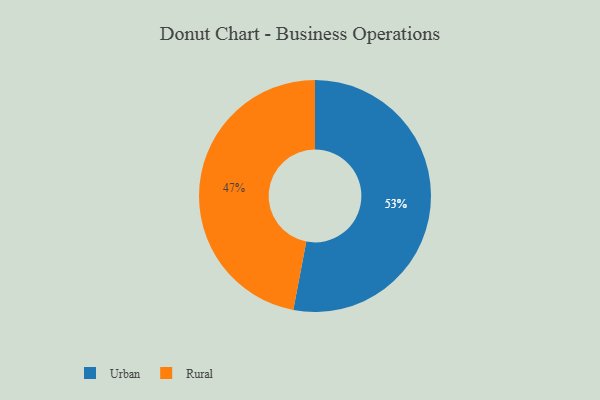
{"axis": {"x": "Category", "y": "Percentage"}, "legend": ["Rural", "Urban"], "data": [{"x": "Urban", "y": 53, "type": "Urban"}, {"x": "Rural", "y": 47, "type": "Rural"}]}